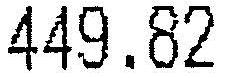
449.82